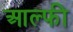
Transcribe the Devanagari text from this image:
आल्फी